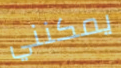
يمكنني